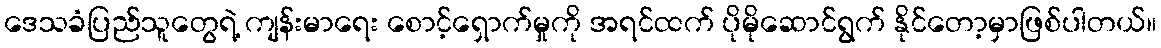
ဒေသခံပြည်သူတွေရဲ့ ကျန်းမာရေး စောင့်ရှောက်မှုကို အရင်ထက် ပိုမိုဆောင်ရွက် နိုင်တော့မှာဖြစ်ပါတယ်။